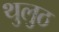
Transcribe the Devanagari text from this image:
थुलुठ